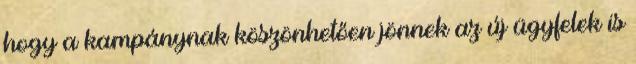
hogy a kampánynak köszönhetően jönnek az új ügyfelek is